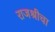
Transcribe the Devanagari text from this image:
राजश्रीचा